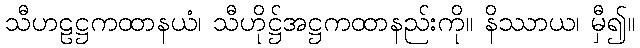
သီဟဠဋ္ဌကထာနယံ၊ သီဟိုဋ္ဌ်အဋ္ဌကထာနည်းကို။ နိဿာယ၊ မှီ၍။